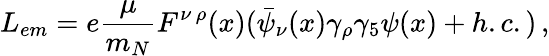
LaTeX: L_{em}=e\frac{\mu}{m_{N}}F^{\nu\, \rho}(x)(\bar{\psi}_{\nu}(x)\gamma_{\rho}\gamma_{5}\psi(x)+h.c.)\, ,